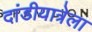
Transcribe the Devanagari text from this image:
दांडीयात्रेला